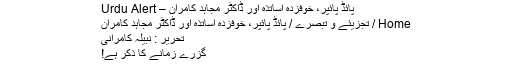
پائڈ پائپر، خوفزدہ اساتذہ اور ڈاکٹر مجاہد کامران – Urdu Alert
Home / تجزیئے و تبصرے / پائڈ پائپر، خوفزدہ اساتذہ اور ڈاکٹر مجاہد کامران
تحریر : نبیلہ کامرانی
گزرے زمانے کا ذکر ہے!